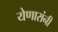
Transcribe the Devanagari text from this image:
येणारांनी